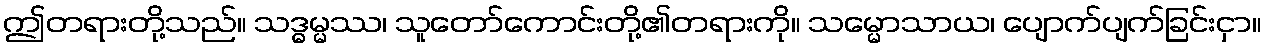
ဤတရားတို့သည်။ သဒ္ဓမ္မဿ၊ သူတော်ကောင်းတို့၏တရားကို။ သမ္မောသာယ၊ ပျောက်ပျက်ခြင်းငှာ။